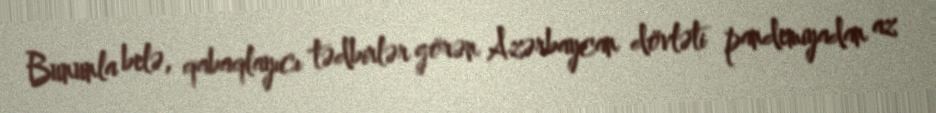
Bununla belə, qabaqlayıcı tədbirlər görən Azərbaycan dövləti pandemiyadan az